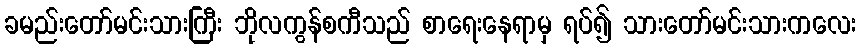
ခမည်းတော်မင်းသားကြီး ဘိုလကွန်စကီသည် စာရေးနေရာမှ ရပ်၍ သားတော်မင်းသားကလေး